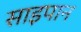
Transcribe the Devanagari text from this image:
साइपान